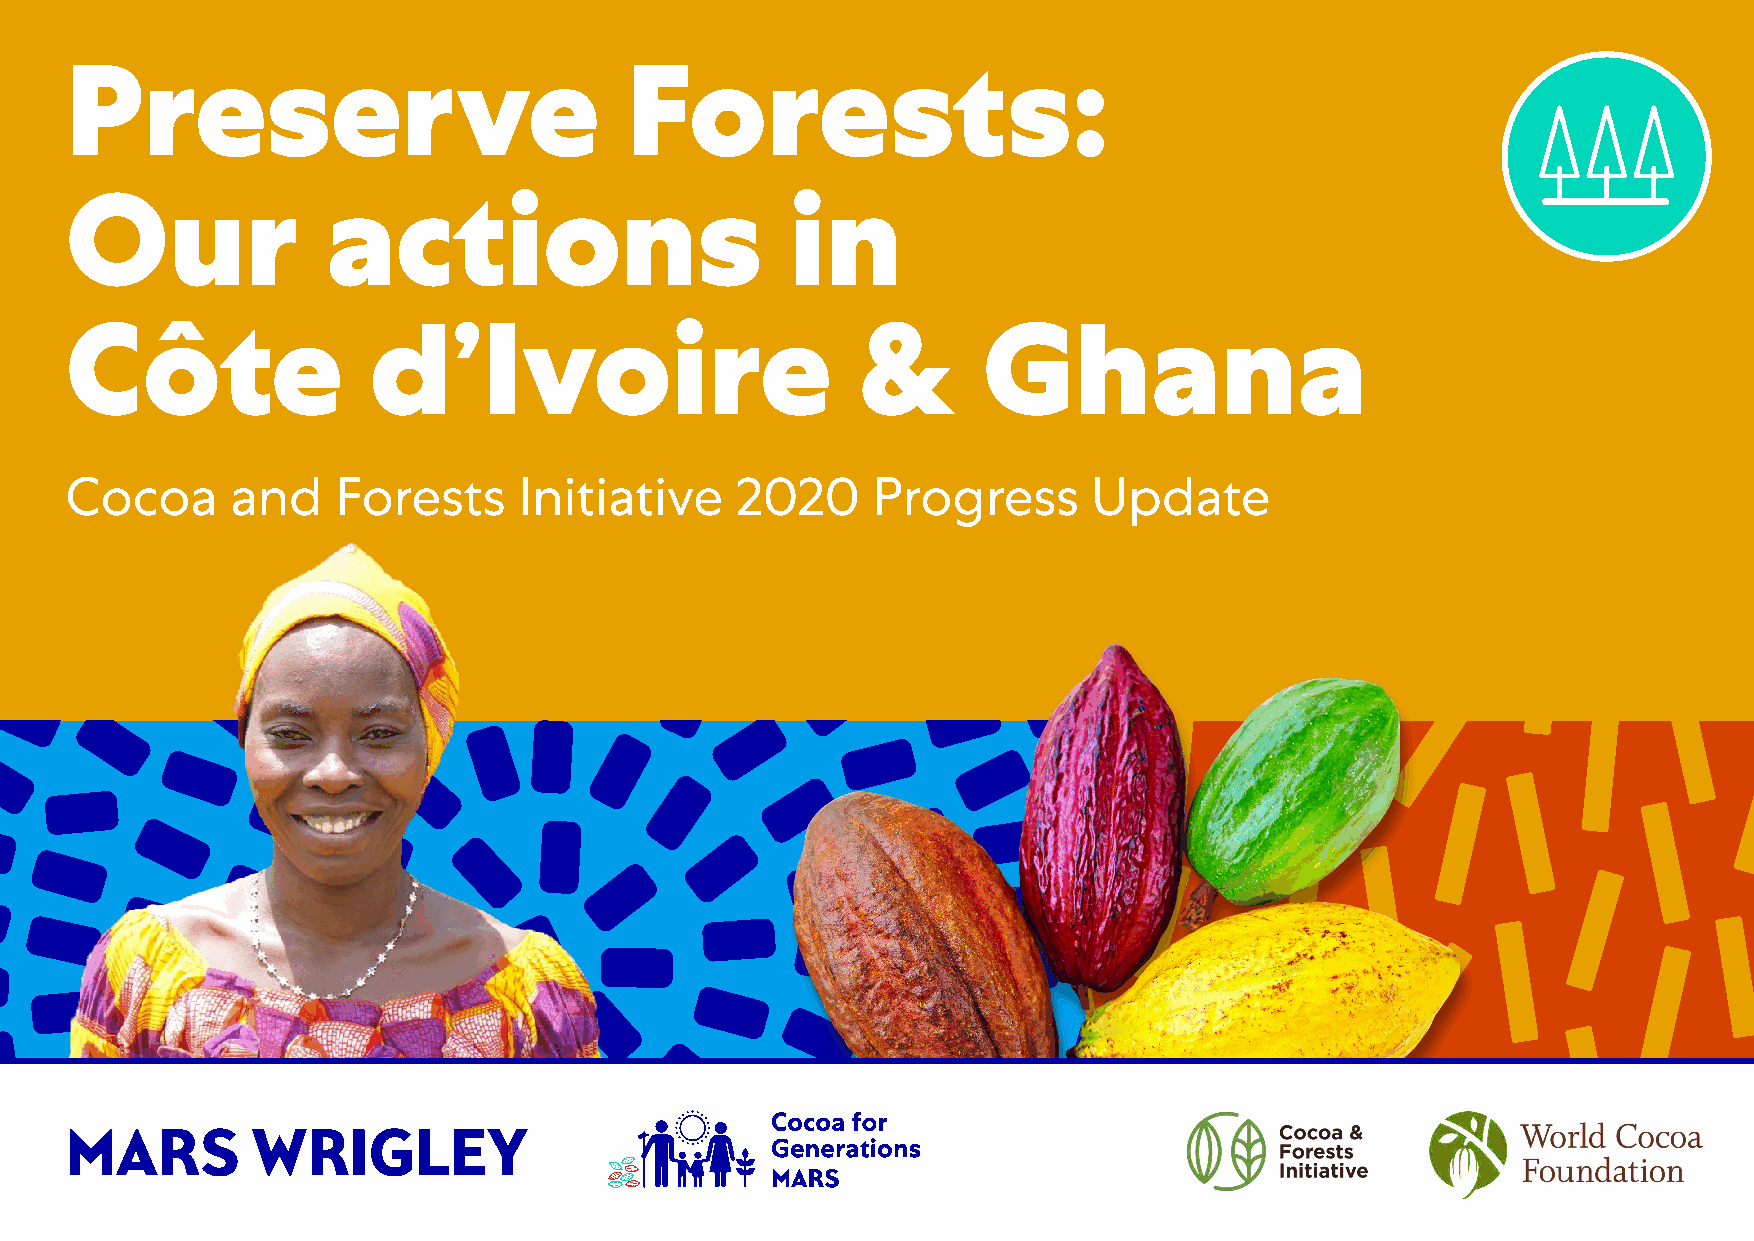
Pattern
 Inspired by the distinctive shapes,
 quirks and character of some of our
 most popular products, these playful
 patterns bring a fun, energetic feel
 to our communications.
 Pattern
 Preserve                             Forests:
 Inspired by the distinctive shapes,
 quirks and character of some of our
 Our               actmoist      poopulanr prodsucts, thiesne play ful
 patterns bring a fun, energetic feel
 to our communications.
 Côte                d’Ivoire                         &       Ghana
 Cocoa      and    Forests     Initiative     2020     Progress      Update
 — 33
 — 33